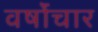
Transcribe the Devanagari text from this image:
वर्षोंचार